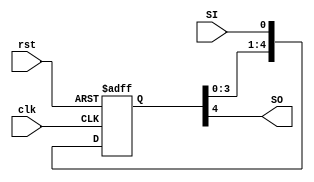
/**********************************
    5 bit Shift register (<-)
    Async. Reset - Active low
**********************************/

module SR_LR(SO,clk,rst,SI);
input SI,clk,rst;
output SO;
reg [4:0]SR;

always @(posedge clk, negedge rst)
    if(!rst)
        SR<=5'b0;
    else
        SR<= {SR[3:0],SI};

assign SO = SR[4];

endmodule